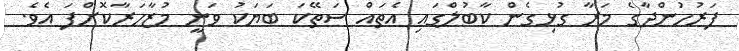
ފަރުހުންދާގެ މަރާ ގުޅިގެން ކާބުލްގައި އެތައް ސަތޭކަ ބަޔަކު ވަނީ މުޒާހަރާކޮށްފަ އެވެ.